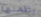
باكملها